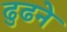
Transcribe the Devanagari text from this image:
ढुढने